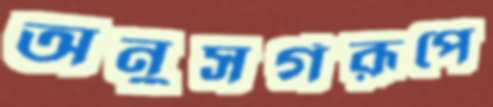
অনুসর্গরূপে